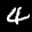
Label: 4